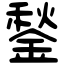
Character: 鍫